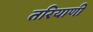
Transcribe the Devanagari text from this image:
तरियाणी